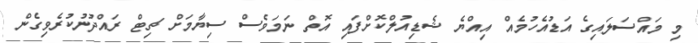
މި މައްސަލައިގެ އަޑުއެހުމެއް އިއްޔެ ޝެޑިއުލްކޮށްފައި އޮތް ނަމަވެސް ސިޔާމަށް ޗިޓް ރައްދުނުކުރެވިގެން